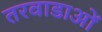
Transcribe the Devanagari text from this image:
तरवाडाओं